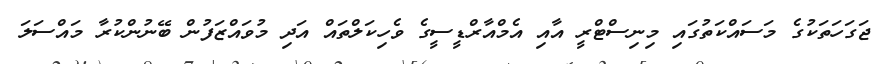
ޖަގަހަތަކުގެ މަސައްކަތުގައި މިނިސްޓްރީ އާއި އެމްއާރްޑީސީގެ ވެހިކަލްތައް އަދި މުވައްޒަފުން ބޭނުންކުރާ މައްސަލަ